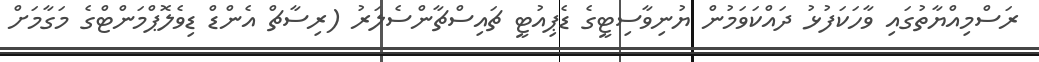
ރަސްމިއްޔާތުގައި ވާހަކަފުޅު ދައްކަވަމުން ޔުނިވާސިޓީގެ ޑެޕިއުޓީ ޗައިސްޗާންސެލަރު (ރިސާޗް އެންޑް ޑިވެލޮޕްމަންޓްގެ މަގާމަށް